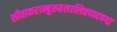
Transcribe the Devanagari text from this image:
सीताकराम्बुरुहलालितपादपद्म